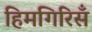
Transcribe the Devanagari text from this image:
हिमगिरिसँ